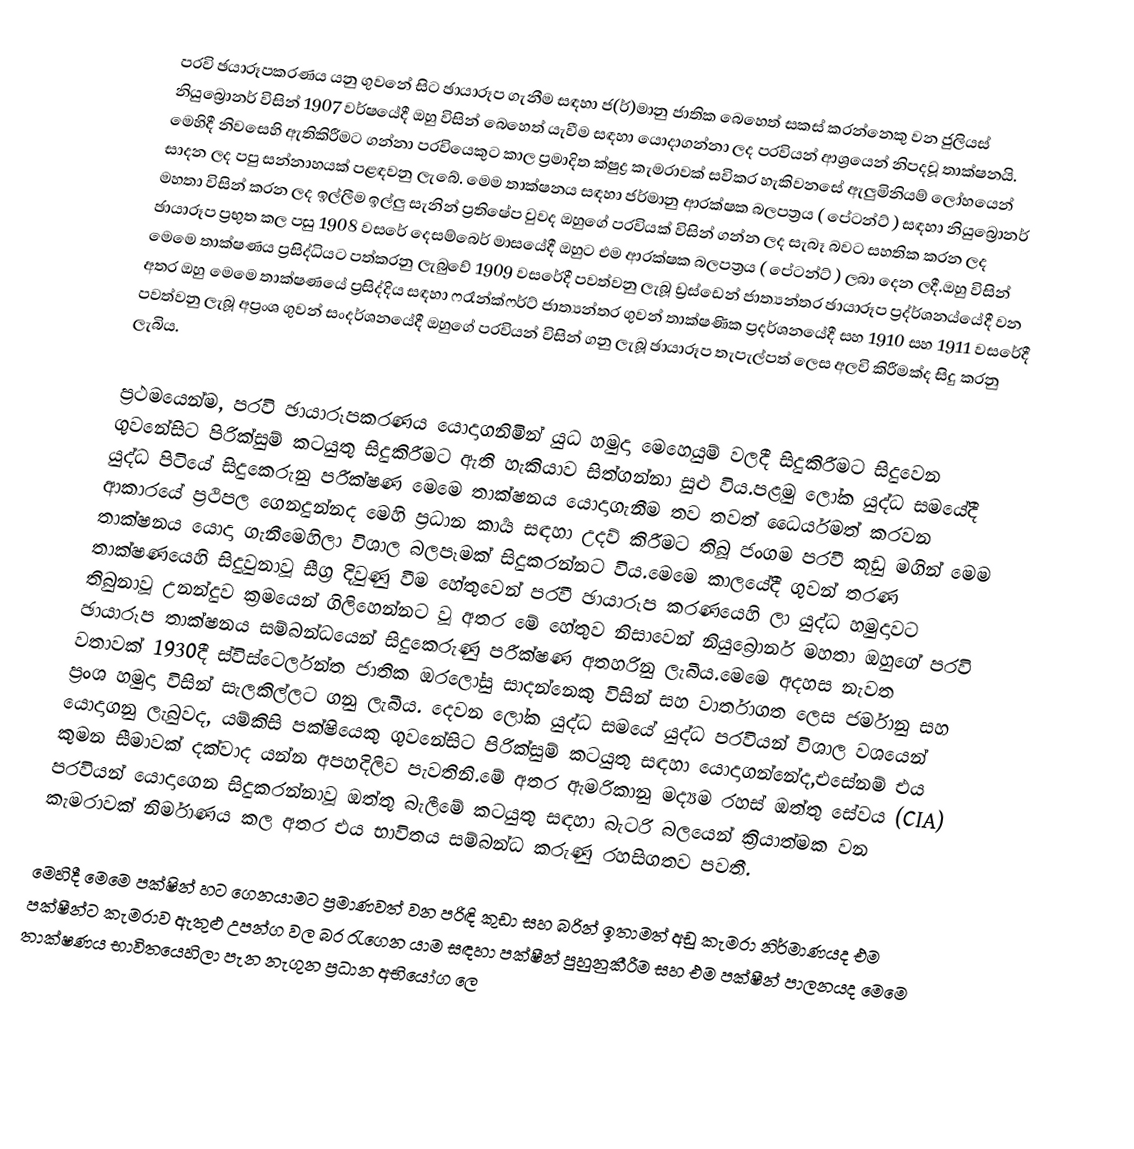
පරවි ඡයාරූපකරණය යනු ගුවනේ සිට ඡායාරූප ගැනීම සඳහා ජ(ර්)මානු ජාතික බෙහෙත් සකස් කරන්නෙකු වන ජුලියස් නියුබ්‍රොනර්  විසින් 1907 වර්ෂයේදී ඔහු විසින් බෙහෙත් යැවීම සඳහා යොදාගන්නා ලද පරවියන් ආශ්‍රයෙන් නිපදවූ තාක්ෂනයි. මෙහිදී නිවසෙහි ඇතිකිරීමට ගන්නා පරවියෙකුට කාල ප්‍රමාදිත ක්ෂුද්‍ර කැමරාවක් සවිකර හැකිවනසේ  ඇලුමිනියම් ලෝහයෙන් සාදන ලද පපු සන්නාහයක් පළඳවනු ලැබේ. මෙම තාක්ෂනය සඳහා ජර්මානු ආරක්ෂක බලපත්‍රය ( පේටන්ට් ) සඳහා නියුබ්‍රොනර් මහතා විසින් කරන ලද ඉල්ලීම ඉල්ලු සැනින් ප්‍රතිෂේප වුවද ඔහුගේ පරවියක් විසින් ගන්න ලද සැබෑ බවට සහතික කරන ලද ඡායාරූප ප්‍රභුත කල පසු 1908 වසරේ දෙසම්බෙර් මාසයේදී ඔහුට එම ආරක්ෂක බලපත්‍රය ( පේටන්ට් ) ලබා දෙන ලදී.ඔහු විසින් මෙමෙ තාක්ෂණය ප්‍රසිද්ධියට පත්කරනු ලැබුවේ 1909 වසරේදී පවත්වනු ලැබූ ඩ්‍රස්ඩෙන් ජාත්‍යන්තර ඡායාරූප ප්‍රද්ර්ශනය්යේදී වන අතර ඔහු මෙමෙ තාක්ෂණයේ ප්‍රසිද්දිය සඳහා ෆරෑන්ක්ෆර්ට් ජාත්‍යන්තර ගුවන් තාක්ෂණික ප්‍රදර්ශනයේදී සහ 1910 සහ 1911 වසරේදී පවත්වනු ලැබූ අප්‍රංශ ගුවන් සංදර්ශනයේදී ඔහුගේ පරවියන් විසින් ගනු ලැබූ ඡායාරූප තැපැල්පත් ලෙස අලවි කිරීමක්ද සිදු කරනු ලැබිය.

ප්‍රථමයෙන්ම, පරවි ඡායාරූපකරණය යොදාගනිමින් යුධ හමුදා මෙහෙයුම් වලදී සිදුකිරීමට සිදුවෙන ගුවනේසිට පිරික්සුම් කටයුතු සිදුකිරීමට ඇති හැකියාව සිත්ගන්නා සුළු විය.පළමු ලෝක යුද්ධ සමයේදී යුද්ධ පිටියේ සිදුකෙරුනු පරීක්ෂණ මෙමෙ තාක්ෂනය යොදාගැනීම තව තවත් ධෛර්යමත් කරවන ආකාරයේ ප්‍රථිපල ගෙනදුන්නද මෙහි ප්‍රධාන කාර්‍ය සඳහා උදව් කිරීමට තිබූ ජංගම පරවී කූඩු මගින් මෙම තාක්ෂනය යොදා ගැනීමෙහිලා විශාල බලපෑමක් සිදුකරන්නට විය.මෙමෙ කාලයේදී ගුවන් තරණ තාක්ෂණයෙහි සිදුවුනාවූ සීග්‍ර දිවුණු වීම හේතුවෙන් පරවී ඡායාරූප කරණයෙහි ලා යුද්ධ හමුදාවට තිබුනාවූ උනන්දුව ක්‍රමයෙන් ගිලිහෙන්නට වූ අතර මේ හේතුව නිසාවෙන් නියුබ්‍රොනර් මහතා ඔහුගේ පරවි ඡායාරූප තාක්ෂනය සම්බන්ධයෙන් සිදුකෙරුණු පරීක්ෂණ අතහරිනු ලැබීය.මෙමෙ අදහස නැවත වතාවක් 1930දී ස්විස්ටෙර්ලන්ත ජාතික ඔරලෝසු සාදන්නෙකු විසින් සහ වාර්තාගත ලෙස ජර්මානු සහ ප්‍රංශ හමුදා විසින් සැලකිල්ලට ගනු ලැබීය. දෙවන ලෝක යුද්ධ සමයේ යුද්ධ පරවියන් විශාල වශයෙන් යොදාගනු ලැබුවද, යම්කිසි පක්ෂියෙකු ගුවනේසිට පිරික්සුම් කටයුතු සඳහා යොදාගන්නේද,එසේනම් එය කුමන සීමාවක් දක්වාද යන්න අපහදිලිව පැවතිනි.මේ අතර ඇමරිකානු මද්‍යම රහස් ඔත්තු සේවය (CIA) පරවියන් යොදාගෙන සිදුකරන්නාවූ ඔත්තු බැලීමේ කටයුතු සඳහා බැටරි බලයෙන් ක්‍රියාත්මක වන කැමරාවක් නිර්මාණය කල අතර එය භාවිතය සම්බන්ධ කරුණු රහසිගතව පවතී.

මෙහිදී මෙමෙ පක්ෂින් හට ගෙනයාමට ප්‍රමාණවත් වන පරිඳි කුඩා සහ බරින් ඉතාමත් අඩු කැමරා නිර්මාණයද එම පක්ෂීන්ට කැමරාව ඇතුළු උපන්ග වල බර රැගෙන යාම සඳහා පක්ෂීන් පුහුනුකීරීම සහ එම පක්ෂීන් පාලනයද මෙමෙ තාක්ෂණය භාවිතයෙහිලා පැන නැගුන ප්‍රධාන අභියෝග ලෙ